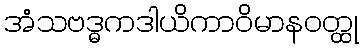
အံသဗဒ္ဓကဒါယိကာဝိမာနဝတ္ထု